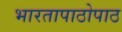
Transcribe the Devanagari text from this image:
भारतापाठोपाठ